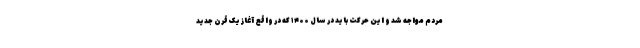
مردم مواجه شد و این حرکت باید در سال ۱۴۰۰ که در واقع آغاز یک قرن جدید